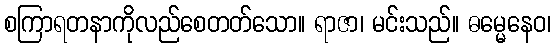
စကြာရတနာကိုလည်စေတတ်သော။ ရာဇာ၊ မင်းသည်။ ဓမ္မေနေဝ၊